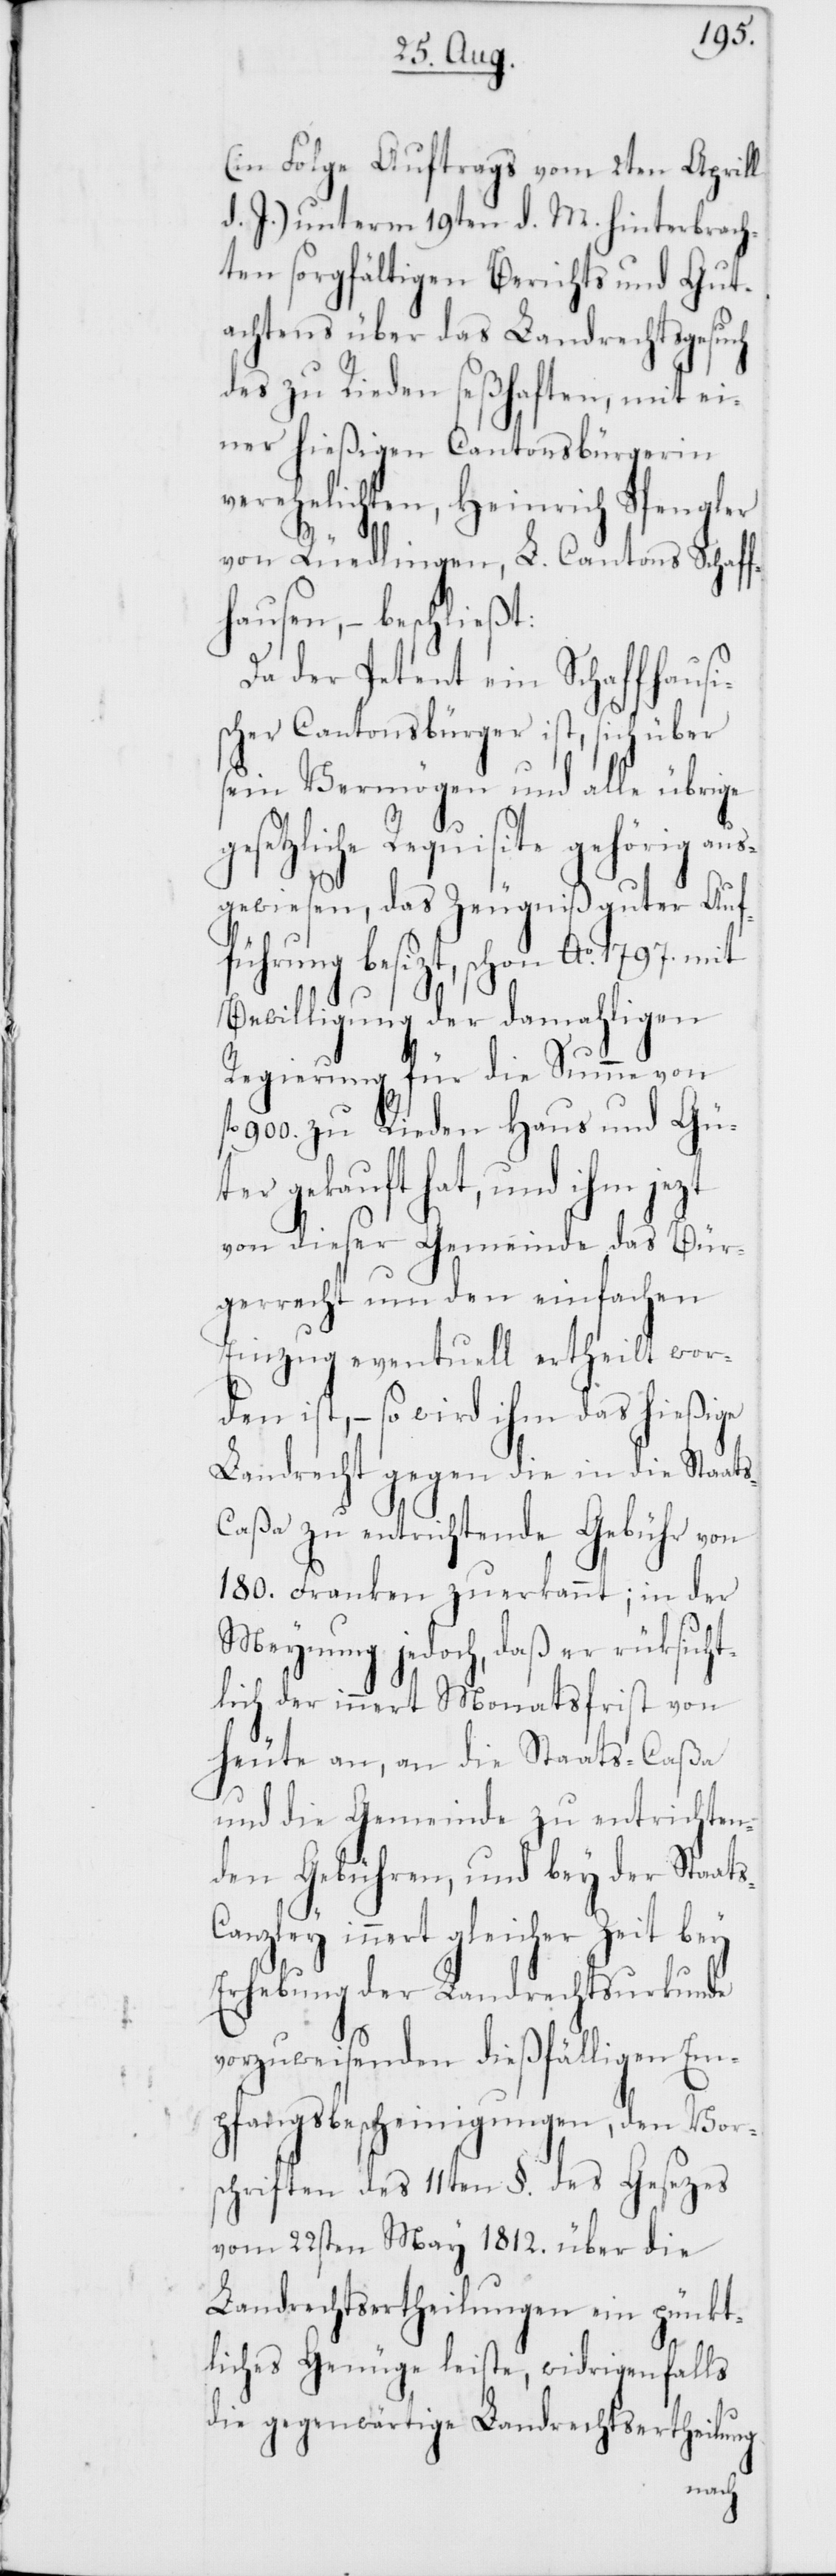
g¬
(in Folge Auftrags vom 2ten Aprill
d. J.) unterm 19ten d. M. hinterbrach¬
ten sorgfältigen Berichts und Gut¬
achtens über das Landrechtsgesuch
des zu Rieden seßhaften, mit ei¬
ner hießigen Cantonsbürgerin
verehelichten, Heinrich Spengler
von Rüedlingen, L. Cantons Schaff¬
hausen, – beschließt:
Da der Petent ein Schaffhausis¬
cher Cantonsbürger ist, sich über
sein Vermögen und alle übrige
esetzliche Requisite gehörig au¬
sgewiesen, das Zeugniß guter Auff¬
ührung besizt, schon Ao 1797.
Bewilligung der damahligen
Regierung für die Summe von
900. zu Rieden Haus und Gü¬
ter gekauft hat, und ihm jezt
von dieser Gemeinde das Bür¬
gerrecht um den einfachen
Einzug eventuell ertheilt wor¬
den ist, – so wird ihm das hießige
Landrecht gegen die in die Staat¬
s-Caßa zu entrichtende Gebühr von
180. Franken zuerkannt; in der
Meynung jedoch, daß er rüksicht¬
lich der innert Monatsfrist von
heute an, an die Staats-Caßa
und die Gemeinde zu entrichten¬
den Gebühren, und bey der Staat¬
anzley innert gleicher Zeit bey
Erhebung der Landrechtsurkunde
vorzuweisenden dießfälligen Em¬
pfangsbescheinigungen, den Vor¬
schriften des 11ten §. des Gesetzes
vom 22sten May 1812. über die
Landrechtsertheilungen ein pünkt¬
liches Genügen leiste, widrigenfalls
die gegenwärtige Landrechtsertheilung
sc¬